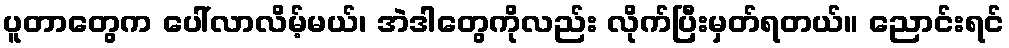
ပူတာတွေက ပေါ်လာလိမ့်မယ်၊ အဲဒါတွေကိုလည်း လိုက်ပြီးမှတ်ရတယ်။ ညောင်းရင်